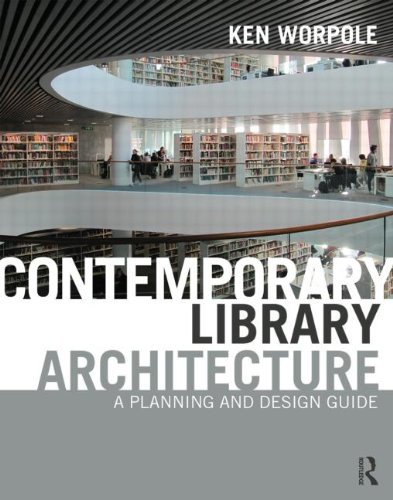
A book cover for Contemporary Library Architecture: A Planning and Design Guide; Ken Worpole; Arts & Photography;